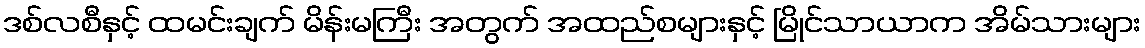
ဒစ်လစီနှင့် ထမင်းချက် မိန်းမကြီး အတွက် အထည်စများနှင့် မြိုင်သာယာက အိမ်သားများ